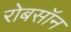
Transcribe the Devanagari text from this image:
रोबसॉन